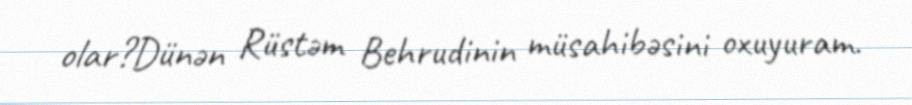
olar?Dünən Rüstəm Behrudinin müsahibəsini oxuyuram.